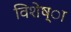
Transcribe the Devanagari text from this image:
विशेष्ा